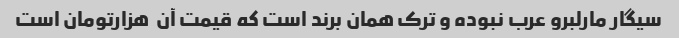
سیگار مارلبرو عرب نبوده و ترک همان برند است که قیمت آن  هزارتومان است